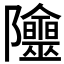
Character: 𨽭